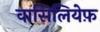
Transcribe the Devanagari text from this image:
वासिलियेफ़